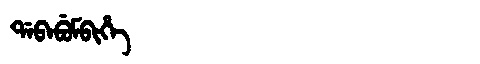
Manchu: ᡩᠠᠪᠠᠪᡠᠮᠪᡳᡥᡝ
Romanization: DABABUMBIHE